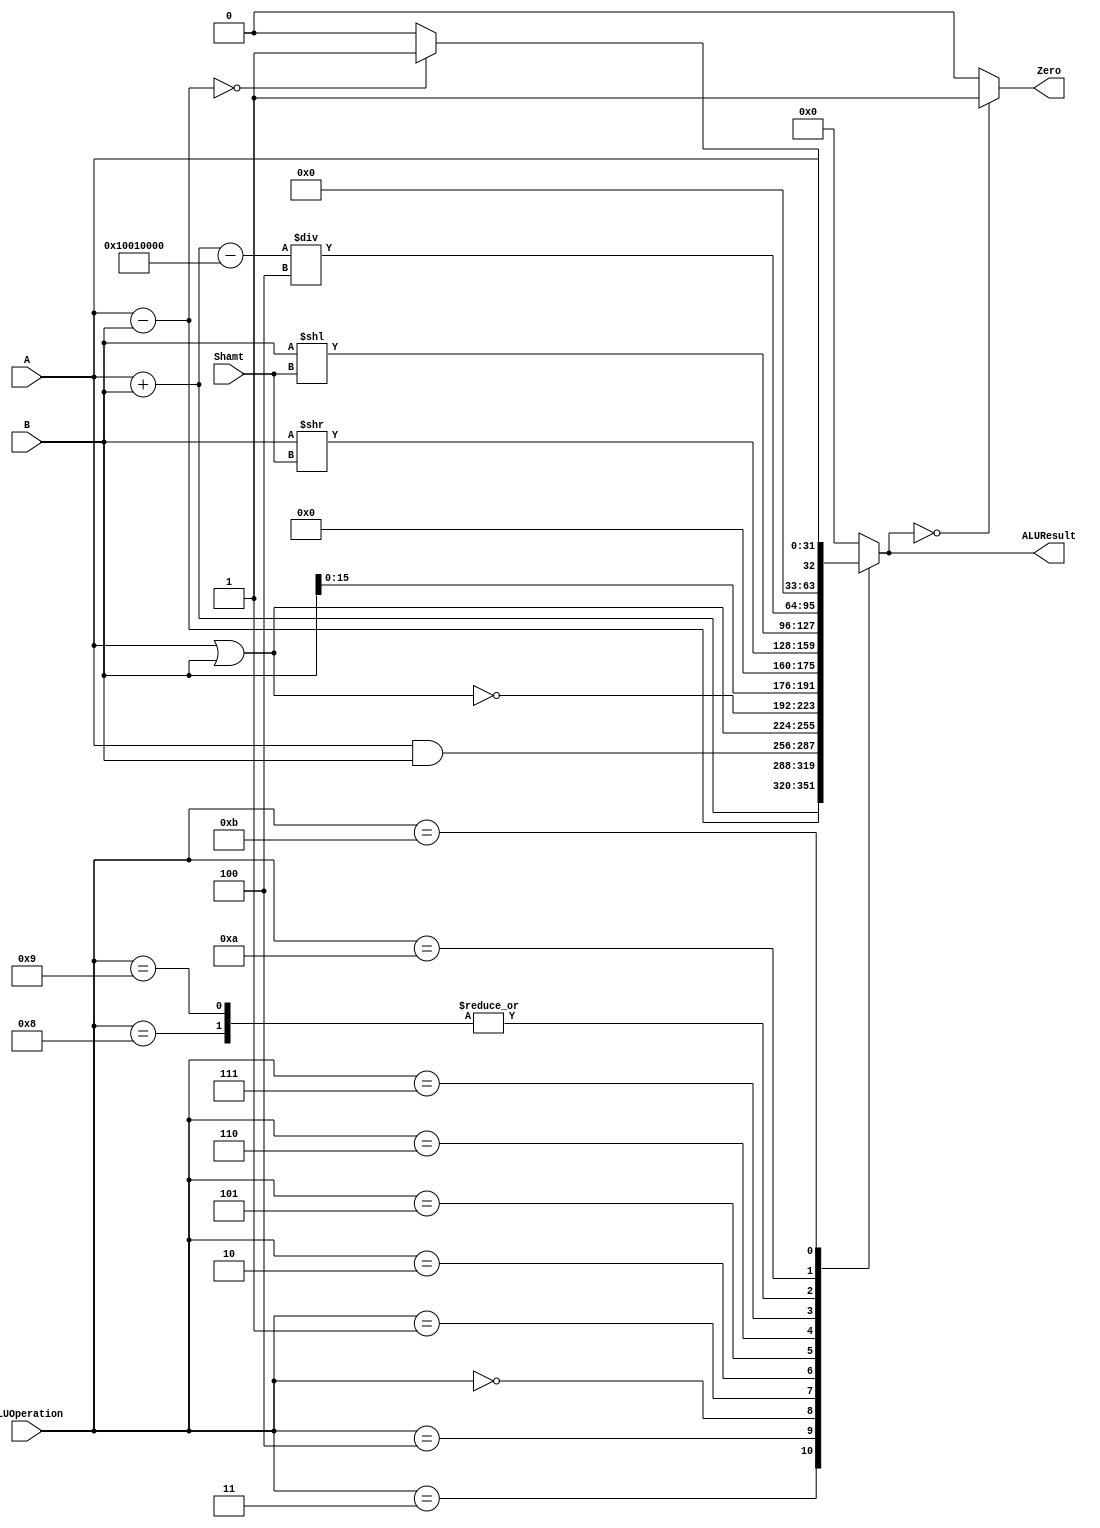
/******************************************************************
* Description
*	This is an 32-bit arithetic logic unit that can execute the next set of operations:
*		add
*		sub
*		or
*		and
*		nor
* This ALU is written by using behavioral description.
* Version:
*	1.0
* Author:
*	Dr. Jos Luis Pizano Escalante
* email:
*	luispizano@iteso.mx
* Date:
*	01/03/2014
******************************************************************/

module ALU 
(
	input [3:0] ALUOperation,  
	input [31:0] A,
	input [31:0] B,
	input [4:0] Shamt,
	output reg Zero,
	output reg [31:0]ALUResult
);
localparam AND = 4'b0000;
localparam OR  = 4'b0001;// | ORI
localparam NOR = 4'b0010;
localparam ADD = 4'b0011;// | ADDI
localparam SUB = 4'b0100;// | BEQ
localparam LUI = 4'b0101;// <<
localparam SRL = 4'b0110;// <<
localparam SLL = 4'b0111;// <<
localparam LW  = 4'b1000;// <<
localparam SW  = 4'b1001;// <<
localparam BNE = 4'b1010;// <<
localparam JR  = 4'b1011;// <<

   
   always @ (A or B or ALUOperation)
     begin
		case (ALUOperation)
		  ADD: // add | addi
			ALUResult = A + B;
		  SUB: // sub | beq
			ALUResult = A - B;
			
		  AND: // and
			ALUResult = A & B;
			
		  OR:  // or  | ori
			ALUResult = A | B;
		  NOR: // nor
			ALUResult = ~(A|B);
			
		  LUI: // lui
			ALUResult = {B[15:0], 16'b0}; // Carga el INMEDIATO en la parte alta y concatena 16 0's en su parte baja

		  SRL: // srl
		   ALUResult= B >> Shamt; 
		  SLL: // sll
		   ALUResult= B << Shamt;                      
		  
		  LW:  // lw
			ALUResult = ( (A + B) - 32'h1001_0000 ) / 4;
		  SW:  // sw
			ALUResult = ( (A + B) - 32'h1001_0000 ) / 4;
			
		  BNE: // bne
		   ALUResult = ( (A - B) == 0)? 1'b1 : 1'b0;
			
			JR:
			 ALUResult = A;
			
		default:
			ALUResult= 0;
			
		endcase // case(control)
		Zero = (ALUResult == 0) ? 1'b1 : 1'b0;
		
     end // always @ (A or B or control)
endmodule // ALU